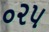
૦૨૫